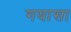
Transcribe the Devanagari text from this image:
गयासा